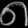
Digit: ၈